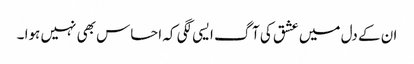
ان کے دل میں عشق کی آگ ایسی لگی کہ احساس بھی نہیں ہوا ۔